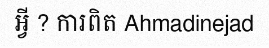
អ្វី ? ការពិត Ahmadinejad